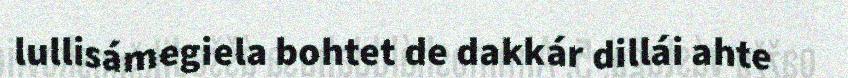
lullisámegiela bohtet de dakkár dillái ahte